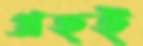
গ্রহই